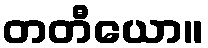
တတီယော။